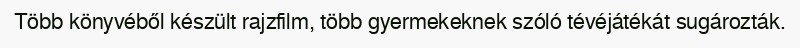
Több könyvéből készült rajzfilm, több gyermekeknek szóló tévéjátékát sugározták.